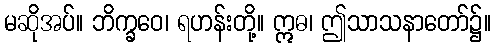
မဆိုအပ်။ ဘိက္ခဝေ၊ ရဟန်းတို့။ ဣဓ၊ ဤသာသနာတော်၌။